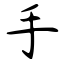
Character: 手